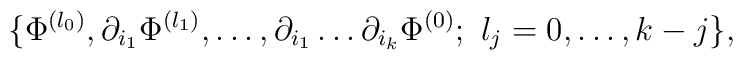
\{\Phi^{(l_0)},\partial_{i_1}\Phi^{(l_1)},\ldots,\partial_{i_1}\dots\partial_{i_k}\Phi^{(0)};\,\,l_j=0,\ldots,k-j\},